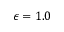
\epsilon = 1 . 0